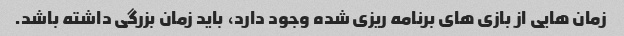
زمان هایی از بازی های برنامه ریزی شده وجود دارد، باید زمان بزرگی داشته باشد.